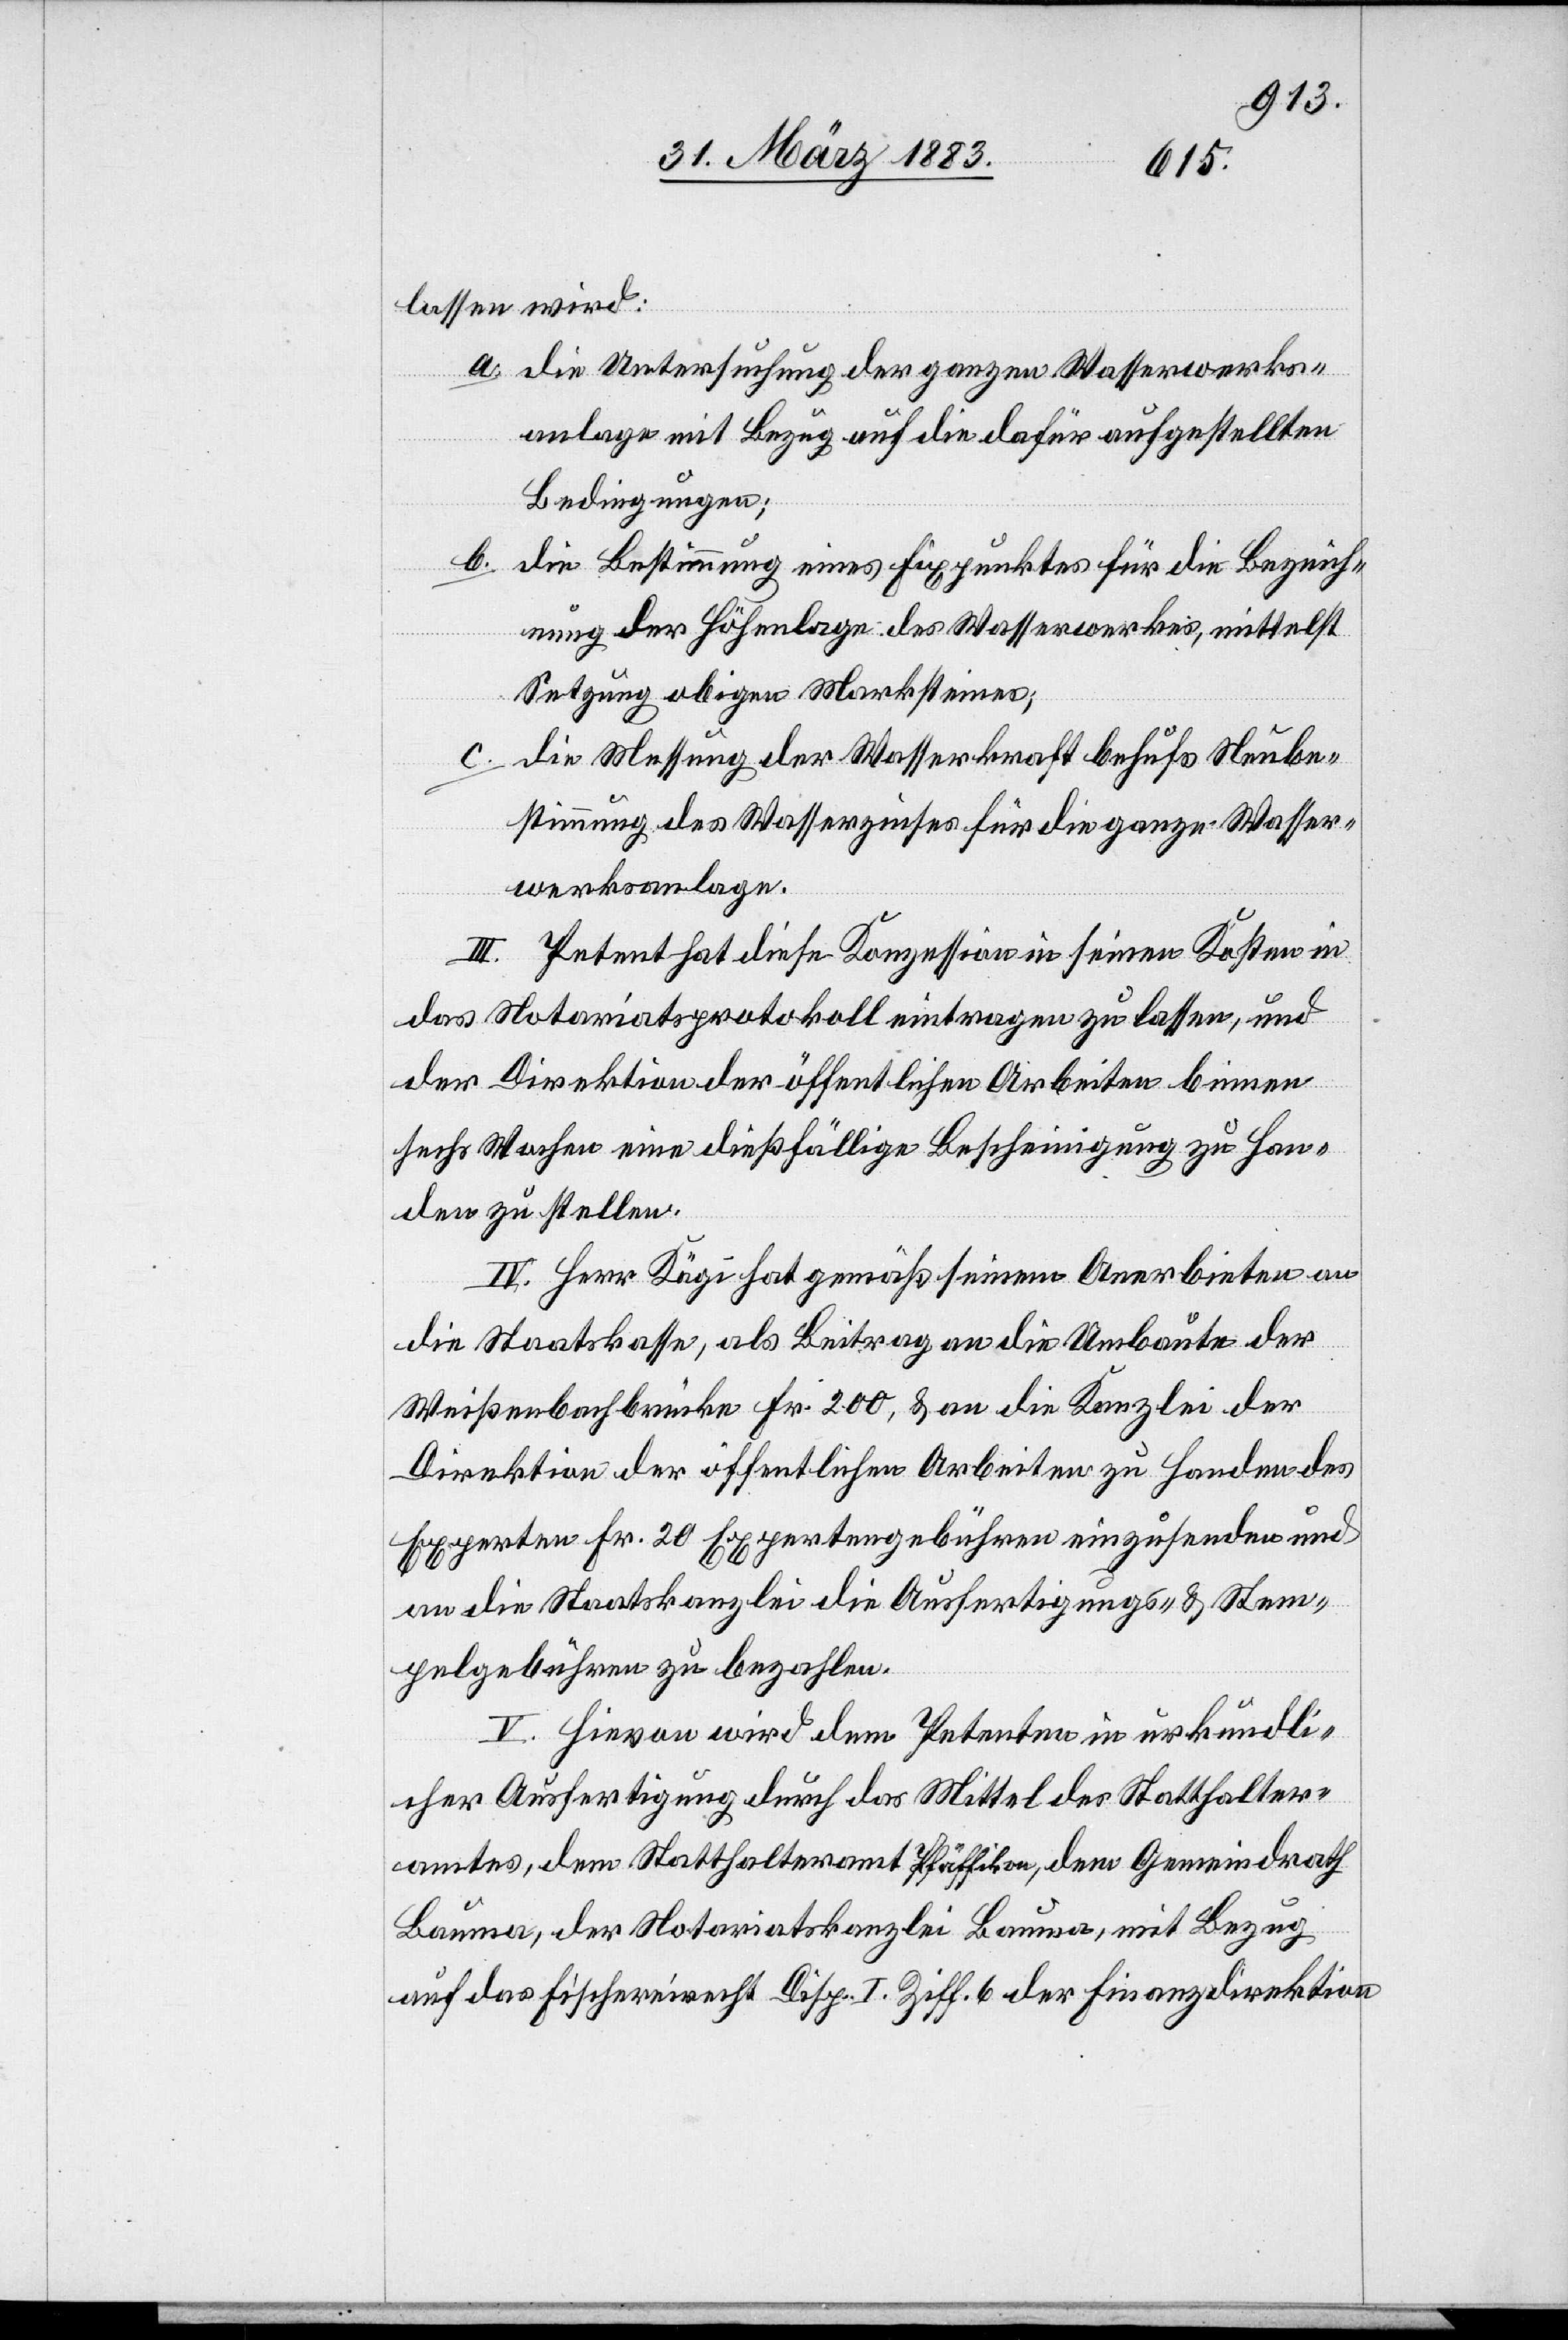
lassen wird:
a. Die Untersuchung der ganzen Wasserwerks¬
anlage mit Bezug auf die dafür aufgestellten
Bedingungen;
b. Die Bestimmung eines Fixpunktes für die Bezeich¬
nung der Höhenlage des Wasserwerkes, mittelst
Setzung obigen Marksteines;
Die Messung der Wasserkraft behufs Neube¬
c.
stimmung des Wasserzinses für die ganze Wasser¬
werksanlage.
III. Petent hat diese Konzession in seinen Kosten in
das Notariatsprotokoll eintragen zu lassen, und
der Direktion der öffentlichen Arbeiten binnen
sechs Wochen eine dießfällige Bescheinigung zu Han¬
den zu stellen.
IV. Herr Kägi hat gemäß seinem Anerbieten an
die Staatskasse, als Beitrag an die Umbaute der
Weißenbachbrücke Fr. 200, & an die Kanzlei der
Direktion der öffentlichen Arbeiten zu Handen des
Experten Fr. 20 Expertengebühren einzusenden und
an die Staatskanzlei die Ausfertigungs- & Stem¬
pelgebühren zu bezahlen.
V. Hievon wird dem Petenten in urkundli¬
cher Ausfertigung durch das Mittel des Statthalter¬
amtes, dem Statthalteramt Pfäffikon, dem Gemeindrath
Bauma, der Notariatskanzlei Bauma, mit Bezug
auf das Fischereirecht Disp. I Ziff. 6 der Finanzdirektion